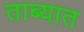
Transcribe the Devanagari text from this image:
ताब्‍यात